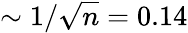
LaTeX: \sim 1/\sqrt{n}=0.14